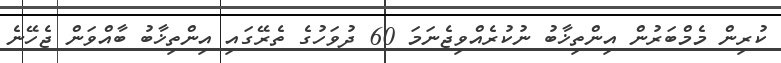
ކުރިން މެމްބަރުން އިންތިޚާބު ނުކުރެއްވިޖެނަމަ 60 ދުވަހުގެ ތެރޭގައި އިންތިޚާބު ބާއްވަން ޖެހޭނެ